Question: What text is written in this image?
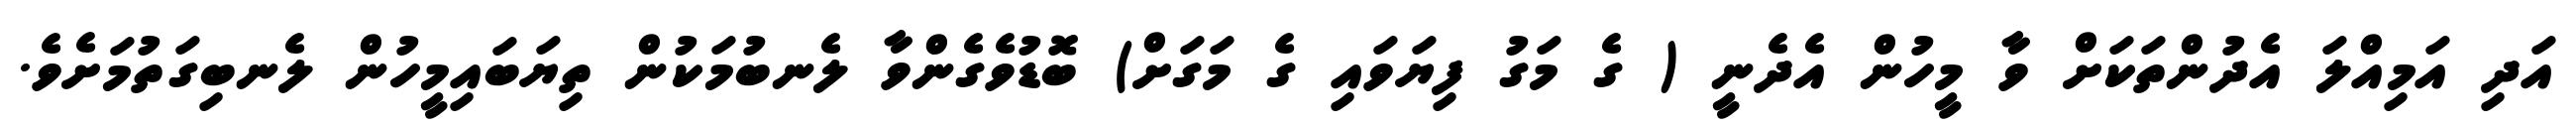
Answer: އަދި އަމިއްލަ އެދުންތަކަށް ވާ މީހުން އެދެނީ ( ގެ މަގު ފިޔަވައި ގެ މަގަށް) ބޮޑުވެގެންވާ ލެނބުމަކުން ތިޔަބައިމީހުން ލެނބިގަތުމަށެވެ.